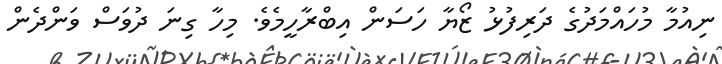
ނިއުމާ މުހައްމަދުގެ ދަރިފުޅު ޒޯޔާ ހަސަން އިބްރާހީމެވެ. މިހާ ގިނަ ދުވަސް ވަންދެން